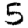
Digit: 5